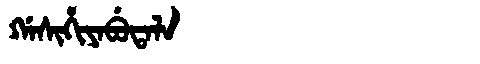
Manchu: ᡤᠠᠰᡳᡥᡳᠶᠠᠪᡠᡨᠠᠯᠠ
Romanization: GASIHIYABUTALA